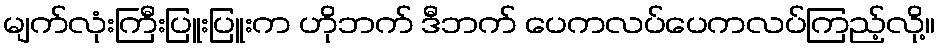
မျက်လုံးကြီးပြူးပြူးက ဟိုဘက် ဒီဘက် ပေကလပ်ပေကလပ်ကြည့်လို့။